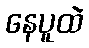
နေပူထဲ